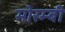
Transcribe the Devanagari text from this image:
मोरम्बी